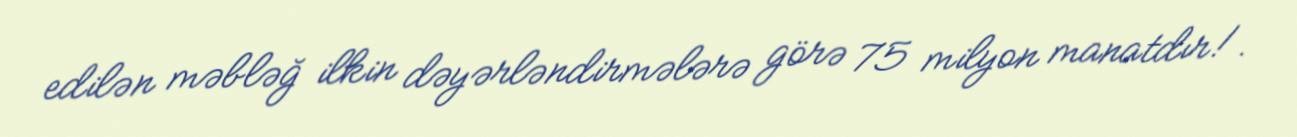
edilən məbləğ ilkin dəyərləndirmələrə görə 75 milyon manatdır!.